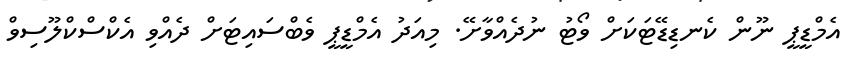
އެމްޑީޕީ ނޫން ކެނޑިޑޭޓަކަށް ވޯޓު ނުދެއްވާށޭ. މިއަދު އެމްޑީޕީ ވެބްސައިޓަށް ދެއްވި އެކްސްކްލޫސިވް